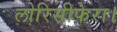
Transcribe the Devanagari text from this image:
लोरिसीफेरा।